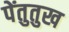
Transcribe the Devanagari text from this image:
पेंतुतुख